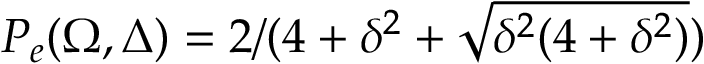
P _ { e } ( \Omega , \Delta ) = 2 / ( 4 + \delta ^ { 2 } + \sqrt { \delta ^ { 2 } ( 4 + \delta ^ { 2 } ) } )